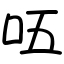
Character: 㕶